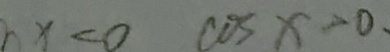
x < 0 \cos x > 0